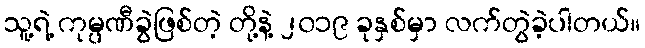
သူ့ရဲ့ ကုမ္ပဏီခွဲဖြစ်တဲ့ တို့နဲ့ ၂၀၁၉ ခုနှစ်မှာ လက်တွဲခဲ့ပါတယ်။